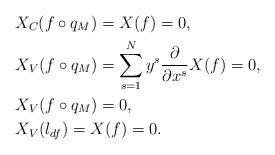
LaTeX: \begin{align*} & X_C(f\circ q_M)=X(f)=0,\\ & X_V(f\circ q_M)=\sum_{s=1}^{N}y^s\dfrac{\partial }{\partial x^s}X(f)=0,\\ & X_V(f\circ q_M)=0,\\ & X_V(l_{df})=X(f)=0.\end{align*}